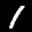
Label: 1